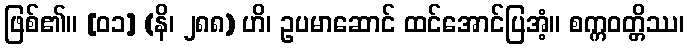
ဖြစ်၏။ [၀၁] (နိ၊ ၂၈၈) ဟိ၊ ဥပမာဆောင် ထင်အောင်ပြအံ့။ စက္ကဝတ္တိဿ၊